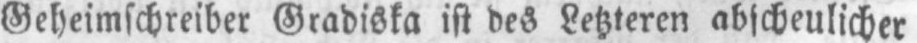
Geheimschreiber Gradiska ist des Letzteren abscheulicher